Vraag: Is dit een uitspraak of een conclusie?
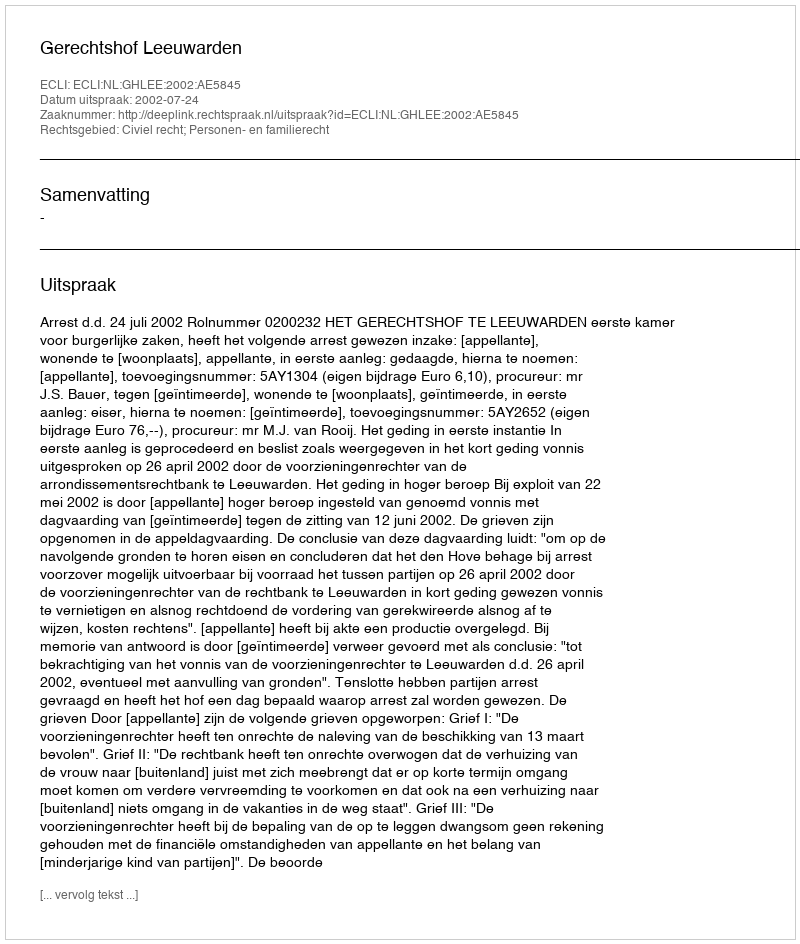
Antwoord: Uitspraak